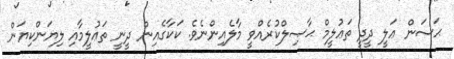
ޙަސަން ޢަލީ ދީދީ ތަޢުލީމް ޙާޞިލްކުރެއްވީ މާލެއިންނެވެ. ކަކާގެއިން ދީނީ ތަޢުލީމާއި ލިޔަންކިޔަން